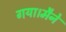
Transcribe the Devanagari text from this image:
गया।मैने